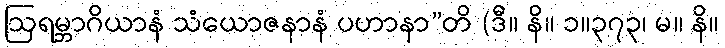
ဩရမ္ဘာဂိယာနံ သံယောဇနာနံ ပဟာနာ”တိ (ဒီ။ နိ။ ၁။၃၇၃၊ မ။ နိ။